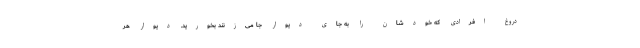
دروغ افرادی که خودشان را به جای دیوار جا می‌زنند بخورید. دیوار هر